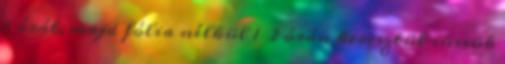
1 órát, majd fólia nélkül 1 2 órán keresztül süssük